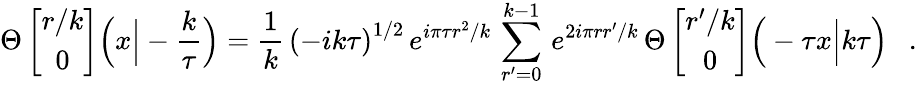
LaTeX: \Theta\left[\begin{array}{c}{{r/k}}\\ {{0}}\end{array}\right]\Big(x\Big|-\frac{k}{\tau}\Big)=\frac{1}{k}\, \left(-ik\tau\right)^{1/2}\, e^{i\pi\tau r^{2}/k}\, \sum_{r^{\prime}=0}^{k-1}\, e^{2i\pi rr^{\prime}/k}\, \Theta\left[\begin{array}{c}{{r^{\prime}/k}}\\ {{0}}\end{array}\right]\Big(-\tau x\Big|k\tau\Big)\ \ \ .